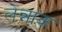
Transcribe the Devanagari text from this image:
लेन्नाक